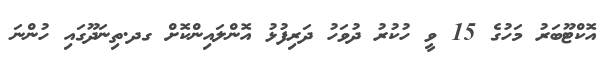
އޮކްޓޫބަރު މަހުގެ 15 ވީ ހުކުރު ދުވަހު ދަރިފުޅު އޮންލައިންކޮށް ގދ.ތިނަދޫގައި ހުންނަ